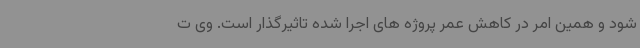
شود و همین امر در کاهش عمر پروژه های اجرا شده تاثیرگذار است. وی ت